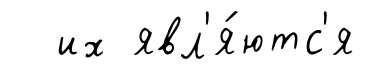
их явл'я́ютс'я